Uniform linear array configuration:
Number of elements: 4
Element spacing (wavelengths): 0.75
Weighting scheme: exponential
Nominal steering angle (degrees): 60
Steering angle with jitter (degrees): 61.649
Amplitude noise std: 0.05
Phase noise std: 0.05

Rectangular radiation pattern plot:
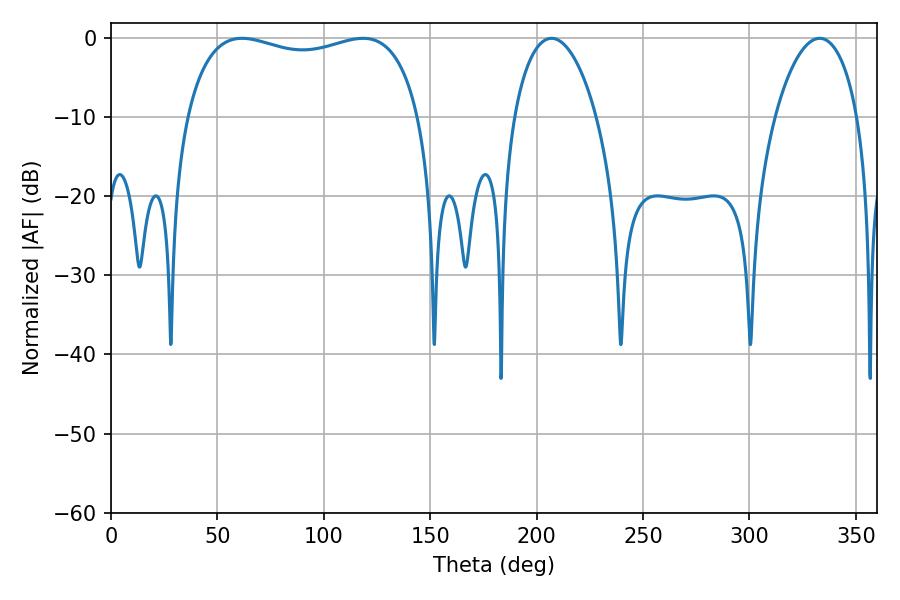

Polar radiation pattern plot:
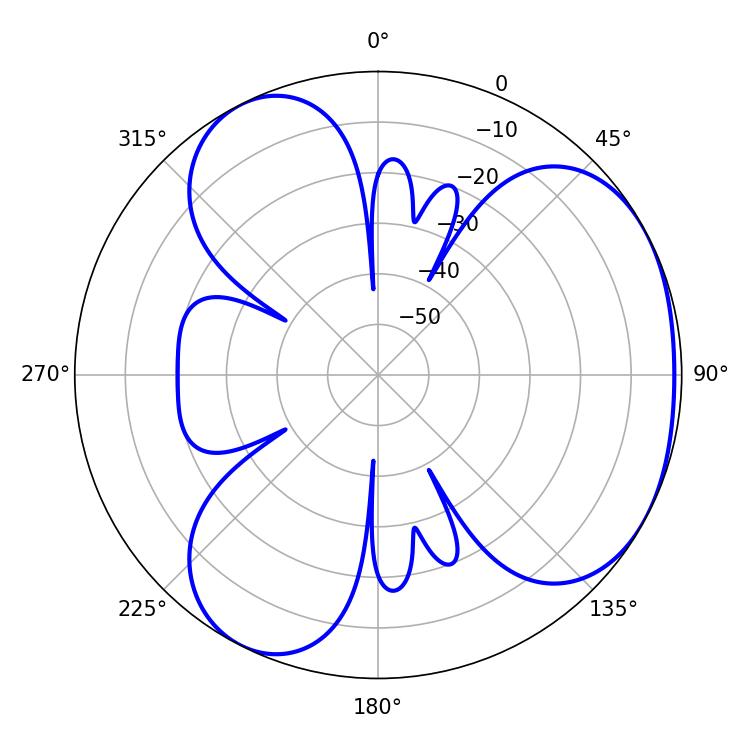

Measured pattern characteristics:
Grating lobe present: TRUE
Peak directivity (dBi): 3.622
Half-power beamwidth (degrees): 21.96
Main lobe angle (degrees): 207